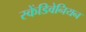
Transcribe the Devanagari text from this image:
स्केंडिवेनियन